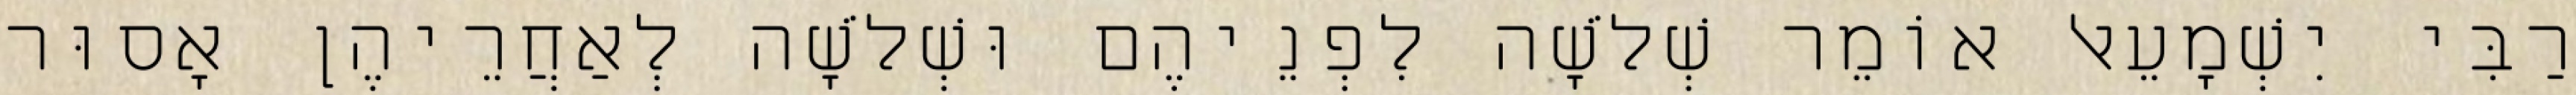
רַבִּי יִשְׁמָעֵאל אוֹמֵר שְׁלֹשָׁה לִפְנֵיהֶם וּשְׁלֹשָׁה לְאַחֲרֵיהֶן אָסוּר